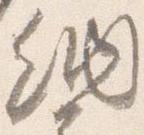
納